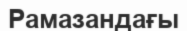
Рамазандағы